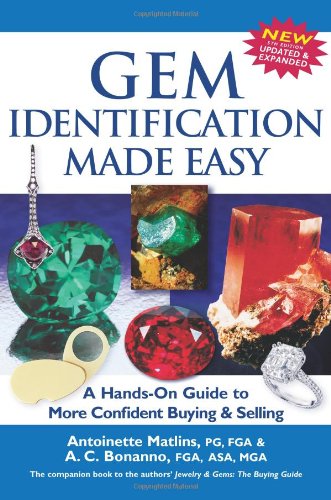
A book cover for Gem Identification Made Easy: A Hands-On Guide to More Confident Buying & Selling; Antoinette Matlins P.G.; Crafts, Hobbies & Home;